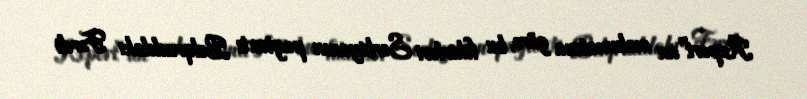
Report"un məlumatına görə, bu fikirləri Serbiyanın paytaxtı Belqraddakı Fərdi